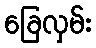
ခြေလှမ်း